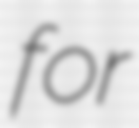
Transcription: for